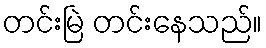
တင်းမြဲ တင်းနေသည်။